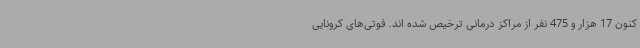
کنون 17 هزار و 475 نفر از مراکز درمانی ترخیص شده اند. فوتی‌های کرونایی